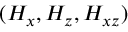
( H _ { x } , H _ { z } , H _ { x z } )